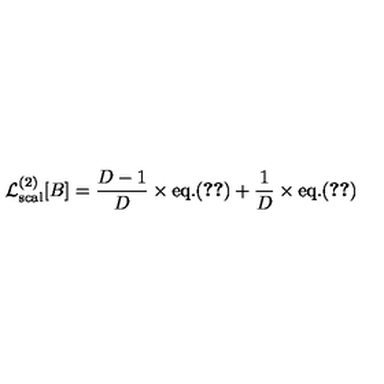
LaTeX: { \cal L } _ { \mathrm { s c a l } } ^ { ( 2 ) } [ B ] = { \frac { D - 1 } { D } } \times \mathrm { e q . } ( \ref { G a m m a 2 s c a l } ) + { \frac { 1 } { D } } \times \mathrm { e q . } ( \ref { G a m m a 2 s c a l p I } )